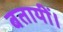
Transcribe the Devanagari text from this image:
बतायीं।